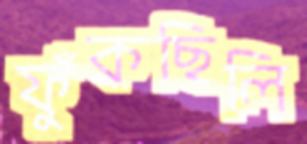
ফুঁকছিলি